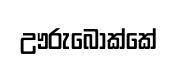
ඌරුබෝක්කේ